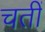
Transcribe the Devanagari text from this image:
चतीं